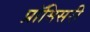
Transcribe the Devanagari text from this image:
प्रॉमिसरी